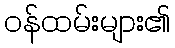
ဝန်ထမ်းများ၏